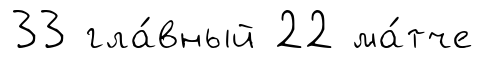
33 гла́вный 22 ма́тче